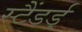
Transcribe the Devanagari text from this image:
स्टैंडर्ड्